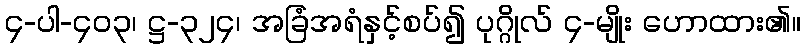
၄-ပါ-၄၀၃၊ ဋ္ဌ-၃၂၄၊ အခြံအရံနှင့်စပ်၍ ပုဂ္ဂိုလ် ၄-မျိုး ဟောထား၏။